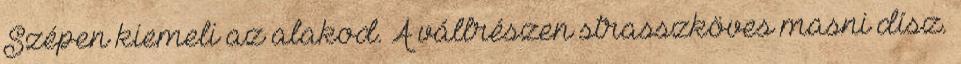
Szépen kiemeli az alakod. A vállrészen strasszköves masni dísz.